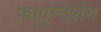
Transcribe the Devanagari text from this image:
फावुन्देशन